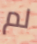
لم